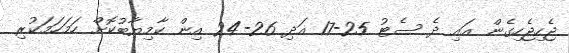
ޖެހިޖެހިގެން އައި ދެ ސެޓު 25-17 އަދި 26-24 އިން ކާމިޔާބުކޮށް ހަމަހަމަކުރި